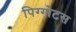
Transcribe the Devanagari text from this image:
पिग्गोटस